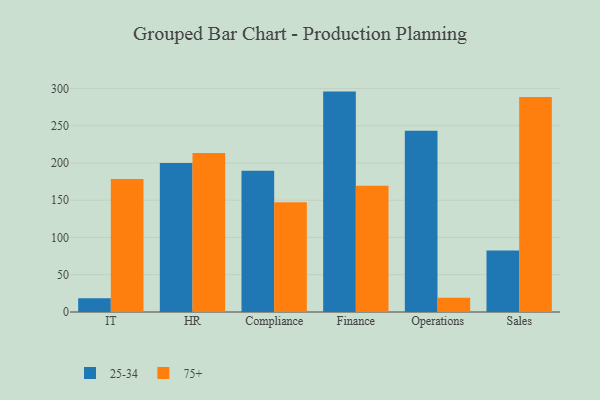
{"axis": {"x": "Department", "y": "Shipments"}, "legend": ["25-34", "75+"], "data": [{"x": "IT", "y": 18.3, "type": "25-34"}, {"x": "IT", "y": 178.5, "type": "75+"}, {"x": "HR", "y": 199.8, "type": "25-34"}, {"x": "HR", "y": 213.4, "type": "75+"}, {"x": "Compliance", "y": 189.4, "type": "25-34"}, {"x": "Compliance", "y": 147.2, "type": "75+"}, {"x": "Finance", "y": 295.7, "type": "25-34"}, {"x": "Finance", "y": 169.3, "type": "75+"}, {"x": "Operations", "y": 243.1, "type": "25-34"}, {"x": "Operations", "y": 19.1, "type": "75+"}, {"x": "Sales", "y": 82.4, "type": "25-34"}, {"x": "Sales", "y": 288.5, "type": "75+"}]}